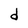
Character: d